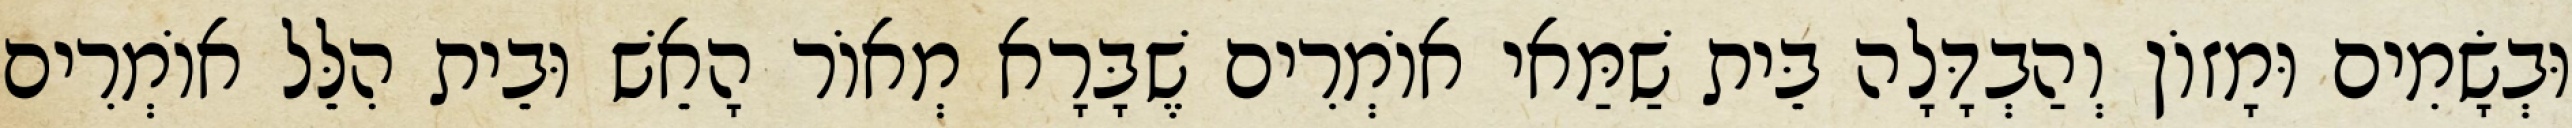
וּבְשָׂמִים וּמָזוֹן וְהַבְדָּלָה בֵּית שַׁמַּאי אוֹמְרִים שֶׁבָּרָא מְאוֹר הָאֵשׁ וּבֵית הִלֵּל אוֹמְרִים